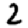
Digit: 2